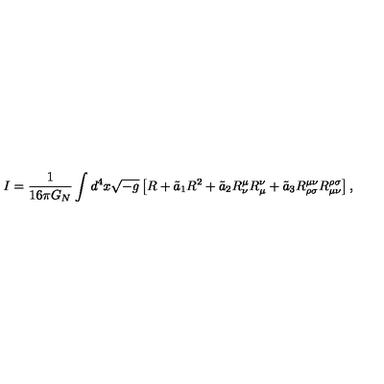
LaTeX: I = \frac { 1 } { 1 6 \pi G _ { N } } \int d ^ { 4 } x \sqrt { - g } \left[ R + \tilde { a } _ { 1 } R ^ { 2 } + \tilde { a } _ { 2 } R _ { \nu } ^ { \mu } R _ { \mu } ^ { \nu } + \tilde { a } _ { 3 } R _ { \rho \sigma } ^ { \mu \nu } R _ { \mu \nu } ^ { \rho \sigma } \right] ,